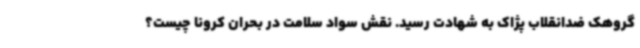
گروهک ضدانقلاب پژاک به شهادت رسید. نقش سواد سلامت در بحران کرونا چیست؟